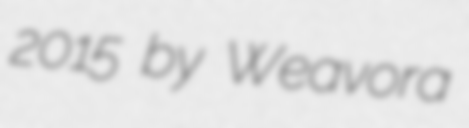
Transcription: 2015 by Weavora